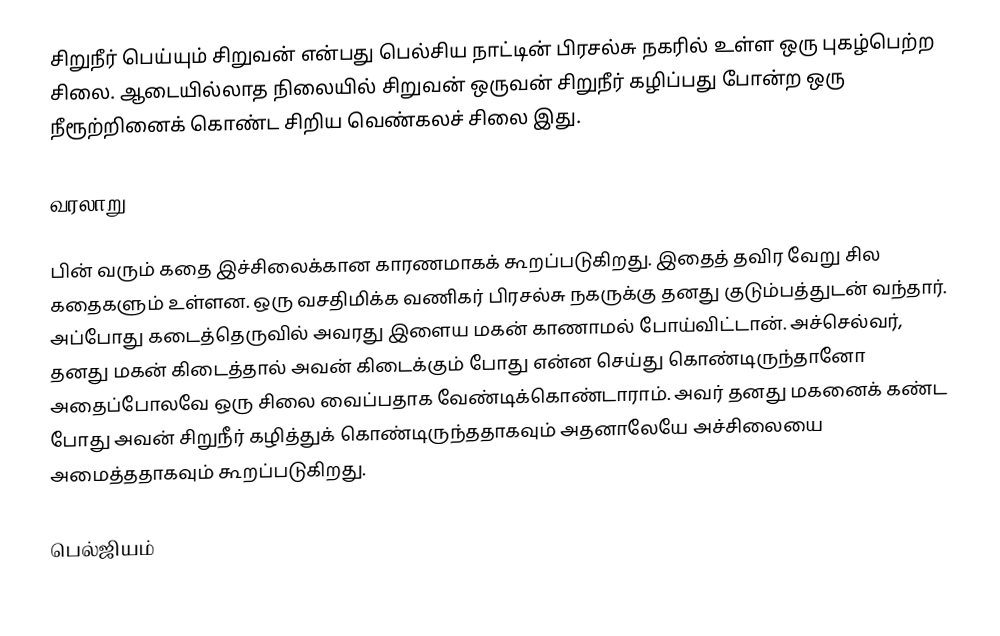
சிறுநீர் பெய்யும் சிறுவன் என்பது பெல்சிய நாட்டின் பிரசல்சு நகரில் உள்ள ஒரு புகழ்பெற்ற சிலை. ஆடையில்லாத நிலையில் சிறுவன் ஒருவன் சிறுநீர் கழிப்பது போன்ற ஒரு நீரூற்றினைக் கொண்ட சிறிய வெண்கலச் சிலை இது.

வரலாறு

பின் வரும் கதை இச்சிலைக்கான காரணமாகக் கூறப்படுகிறது. இதைத் தவிர வேறு சில கதைகளும் உள்ளன. ஒரு வசதிமிக்க வணிகர் பிரசல்சு நகருக்கு தனது குடும்பத்துடன் வந்தார். அப்போது கடைத்தெருவில் அவரது இளைய மகன் காணாமல் போய்விட்டான். அச்செல்வர், தனது மகன் கிடைத்தால் அவன் கிடைக்கும் போது என்ன செய்து கொண்டிருந்தானோ அதைப்போலவே ஒரு சிலை வைப்பதாக வேண்டிக்கொண்டாராம். அவர் தனது மகனைக் கண்ட போது அவன் சிறுநீர் கழித்துக் கொண்டிருந்ததாகவும் அதனாலேயே அச்சிலையை அமைத்ததாகவும் கூறப்படுகிறது.

பெல்ஜியம்